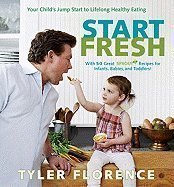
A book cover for Start Fresh: Your Child's Jump Start to Lifelong Healthy Eating [Hardcover]; Tyler Florence (Author); Cookbooks, Food & Wine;